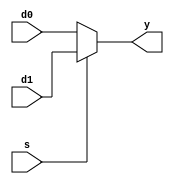
//Fredy Godoy 19260 
//Laboratorio 05 - Digital I

//Ejercicio 05

// Mux 2:1 
module mux2_1(input wire d0, d1, s,output wire y);
	assign y=s ? d1:d0;
endmodule
//--------------------------------------------------------------------------------------------- 
// Mux 4:1 
module mux4_1(input wire d0, d1, d2, d3, s1, s2, output wire ymux4);
	wire w1, w2;
	mux2_1 bus1(d0,d1, s1, w1);
	mux2_1 bus2(d2, d3, s1, w2);
	mux2_1 bus3(w1, w2, s2, ymux4);
endmodule 
//--------------------------------------------------------------------------------------------- 
// Mux 8:1
module mux8_1(input wire d0, d1, d2, d3,d4, d5, d6, d7, s1, s2, s3, output wire ymux8);
	wire w1, w2;
	mux4_1 bus1(d0,d1,d2,d3, s1,s2, w1);
	mux4_1 bus2(d4,d5,d6,d7, s1,s2, w2); 
	mux2_1 bus3(w1,w2, s3, ymux8);
endmodule
//---------------------------------------------------------------------------------------------
//Tabla 1 mux 8:1
module T1M8_1 (input wire A,B,C,output wire YT1M8_1);
wire u,c; //u=1  c=0 
assign u=1;
assign c=0;
mux8_1 T1M8_1(c,u,u,c,u,c,c,u,A,B,C,YT1M8_1);
endmodule
//---------------------------------------------------------------------------------------------
//Tabla 2 mux 8:1
module T2M8_1 (input wire C,A,B,output wire YT2M8_1);
wire u,c; //u=1  c=0 
assign u=1;
assign c=0;
mux8_1 T2M8_1(u,c,c,c,c,u,u,c,A,B,C,YT2M8_1);
endmodule
//---------------------------------------------------------------------------------------------
//Tabla 1 mux 4:1
module T1M4_1(input wire A,B,C, output wire YT1M4_1);
not (CN,C);
mux4_1 T1M4_1(C,CN,CN,C,A,B,YT1M4_1);
endmodule
//---------------------------------------------------------------------------------------------
//Tabla 2 mux 4:1
module T2M4_1(input wire B,A,C, output wire YT2M4_1);
wire c;
assign c=0;
not (CN,C);
mux4_1 T2M4_1(CN,c,C,CN,A,B,YT2M4_1);
endmodule
//---------------------------------------------------------------------------------------------
//Tabla 1 mux 2:1
module T1M2_1(input wire A,B,C, output wire YT1M2_1);
xor(xBC, B,C);
not (nxBC,xBC);
mux2_1 T1M2_1(xBC,nxBC,A,YT1M2_1);
endmodule
//---------------------------------------------------------------------------------------------
//Tabla 2 mux 2:1
module T2M2_1(input wire A,B,C, output wire YT2M2_1);
nor(norBC, B,C);
nand(nandBC, B,C);
mux2_1 T2M2_1(norBC,nandBC,A,YT2M2_1);
endmodule